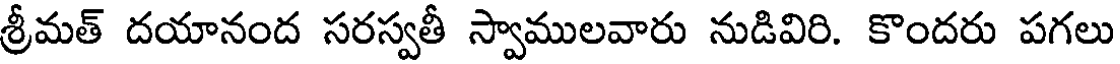
శ్రీమత్ దయానంద సరస్వతీ స్వాములవారు నుడివిరి. కొందరు పగలు